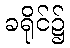
ခရိုင်၌